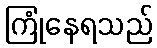
ကြုံနေရသည်